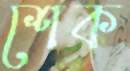
শেক